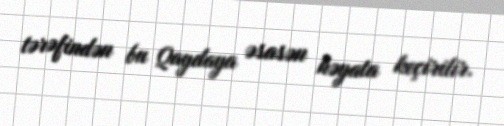
tərəfindən bu Qaydaya əsasən həyata keçirilir.